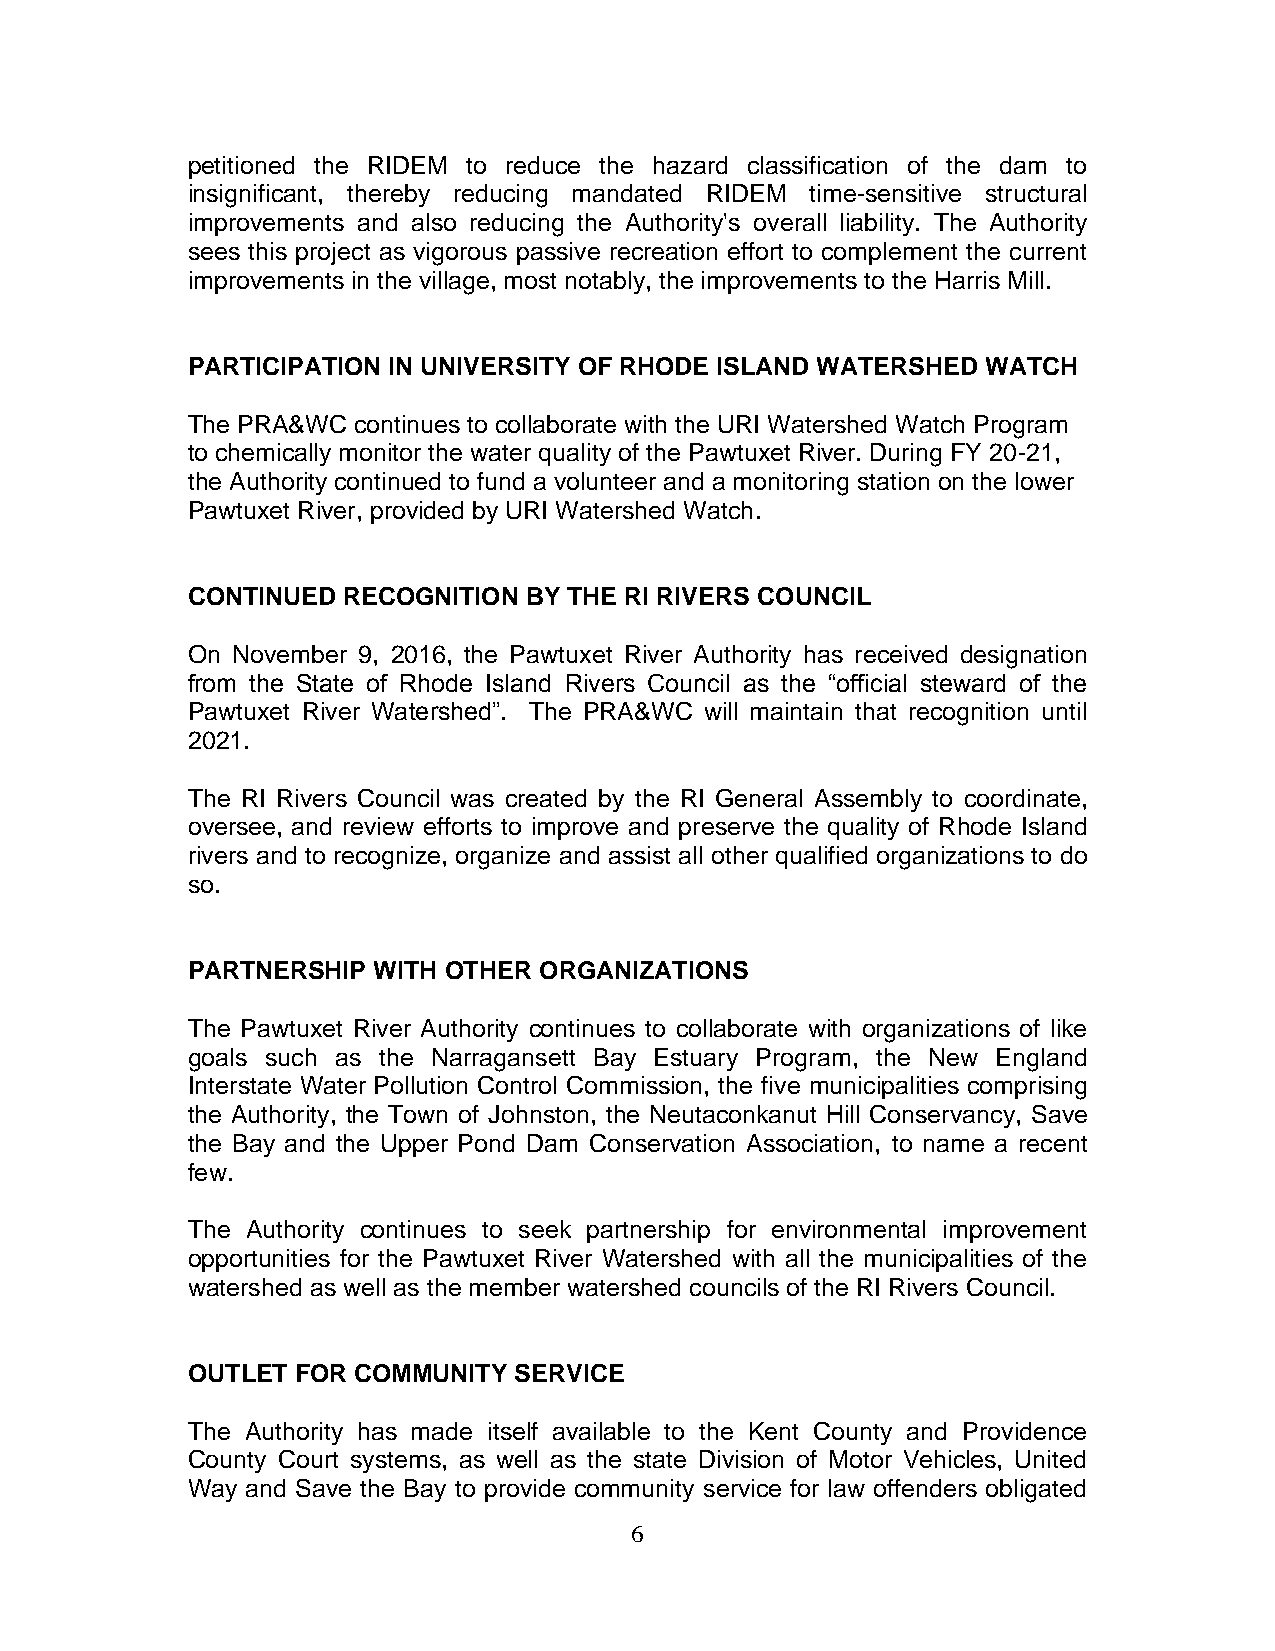
petitioned the RIDEM to reduce the hazard classification of the dam to
 insignificant, thereby reducing mandated RIDEM time-sensitive structural
 improvements and also reducing the Authority's overall liability. The Authority
 sees this project as vigorous passive recreation effort to complement the current
 improvements in the village, most notably, the improvements to the Harris Mill.
 PARTICIPATION IN UNIVERSITY OF RHODE ISLAND WATERSHED WATCH
 The PRA&WC continues to collaborate with the URI Watershed Watch Program
 to chemically monitor the water quality of the Pawtuxet River. During FY 20-21,
 the Authority continued to fund a volunteer and a monitoring station on the lower
 Pawtuxet River, provided by URI Watershed Watch.
 CONTINUED  RECOGNITION BY THE RI RIVERS COUNCIL
 On November 9, 2016, the Pawtuxet River Authority has received designation
 from the State of Rhode Island Rivers Council as the “official steward of the
 Pawtuxet River Watershed”. The PRA&WC will maintain that recognition until
 2021.
 The RI Rivers Council was created by the RI General Assembly to coordinate,
 oversee, and review efforts to improve and preserve the quality of Rhode Island
 rivers and to recognize, organize and assist all other qualified organizations to do
 so.
 PARTNERSHIP  WITH OTHER ORGANIZATIONS
 The Pawtuxet River Authority continues to collaborate with organizations of like
 goals such as the Narragansett Bay Estuary Program, the New England
 Interstate Water Pollution Control Commission, the five municipalities comprising
 the Authority, the Town of Johnston, the Neutaconkanut Hill Conservancy, Save
 the Bay and the Upper Pond Dam Conservation Association, to name a recent
 few.
 The Authority continues to seek partnership for environmental improvement
 opportunities for the Pawtuxet River Watershed with all the municipalities of the
 watershed as well as the member watershed councils of the RI Rivers Council.
 OUTLET  FOR COMMUNITY SERVICE
 The Authority has made itself available to the Kent County and Providence
 County Court systems, as well as the state Division of Motor Vehicles, United
 Way and Save the Bay to provide community service for law offenders obligated
 6